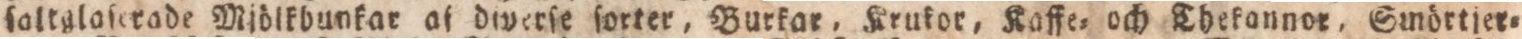
ſaltgloſerade Wjölkbunkar af dwerſe ſorter, Burkar, Krukor, Kaffe= och Thekannoe, Smörtjer=